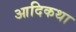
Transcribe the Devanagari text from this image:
आदिकथा